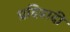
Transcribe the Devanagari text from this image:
प्रदिवादी